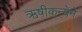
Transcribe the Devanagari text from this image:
ऋषीकन्येने